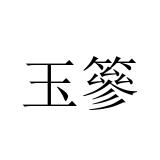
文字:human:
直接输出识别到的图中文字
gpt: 玉篸